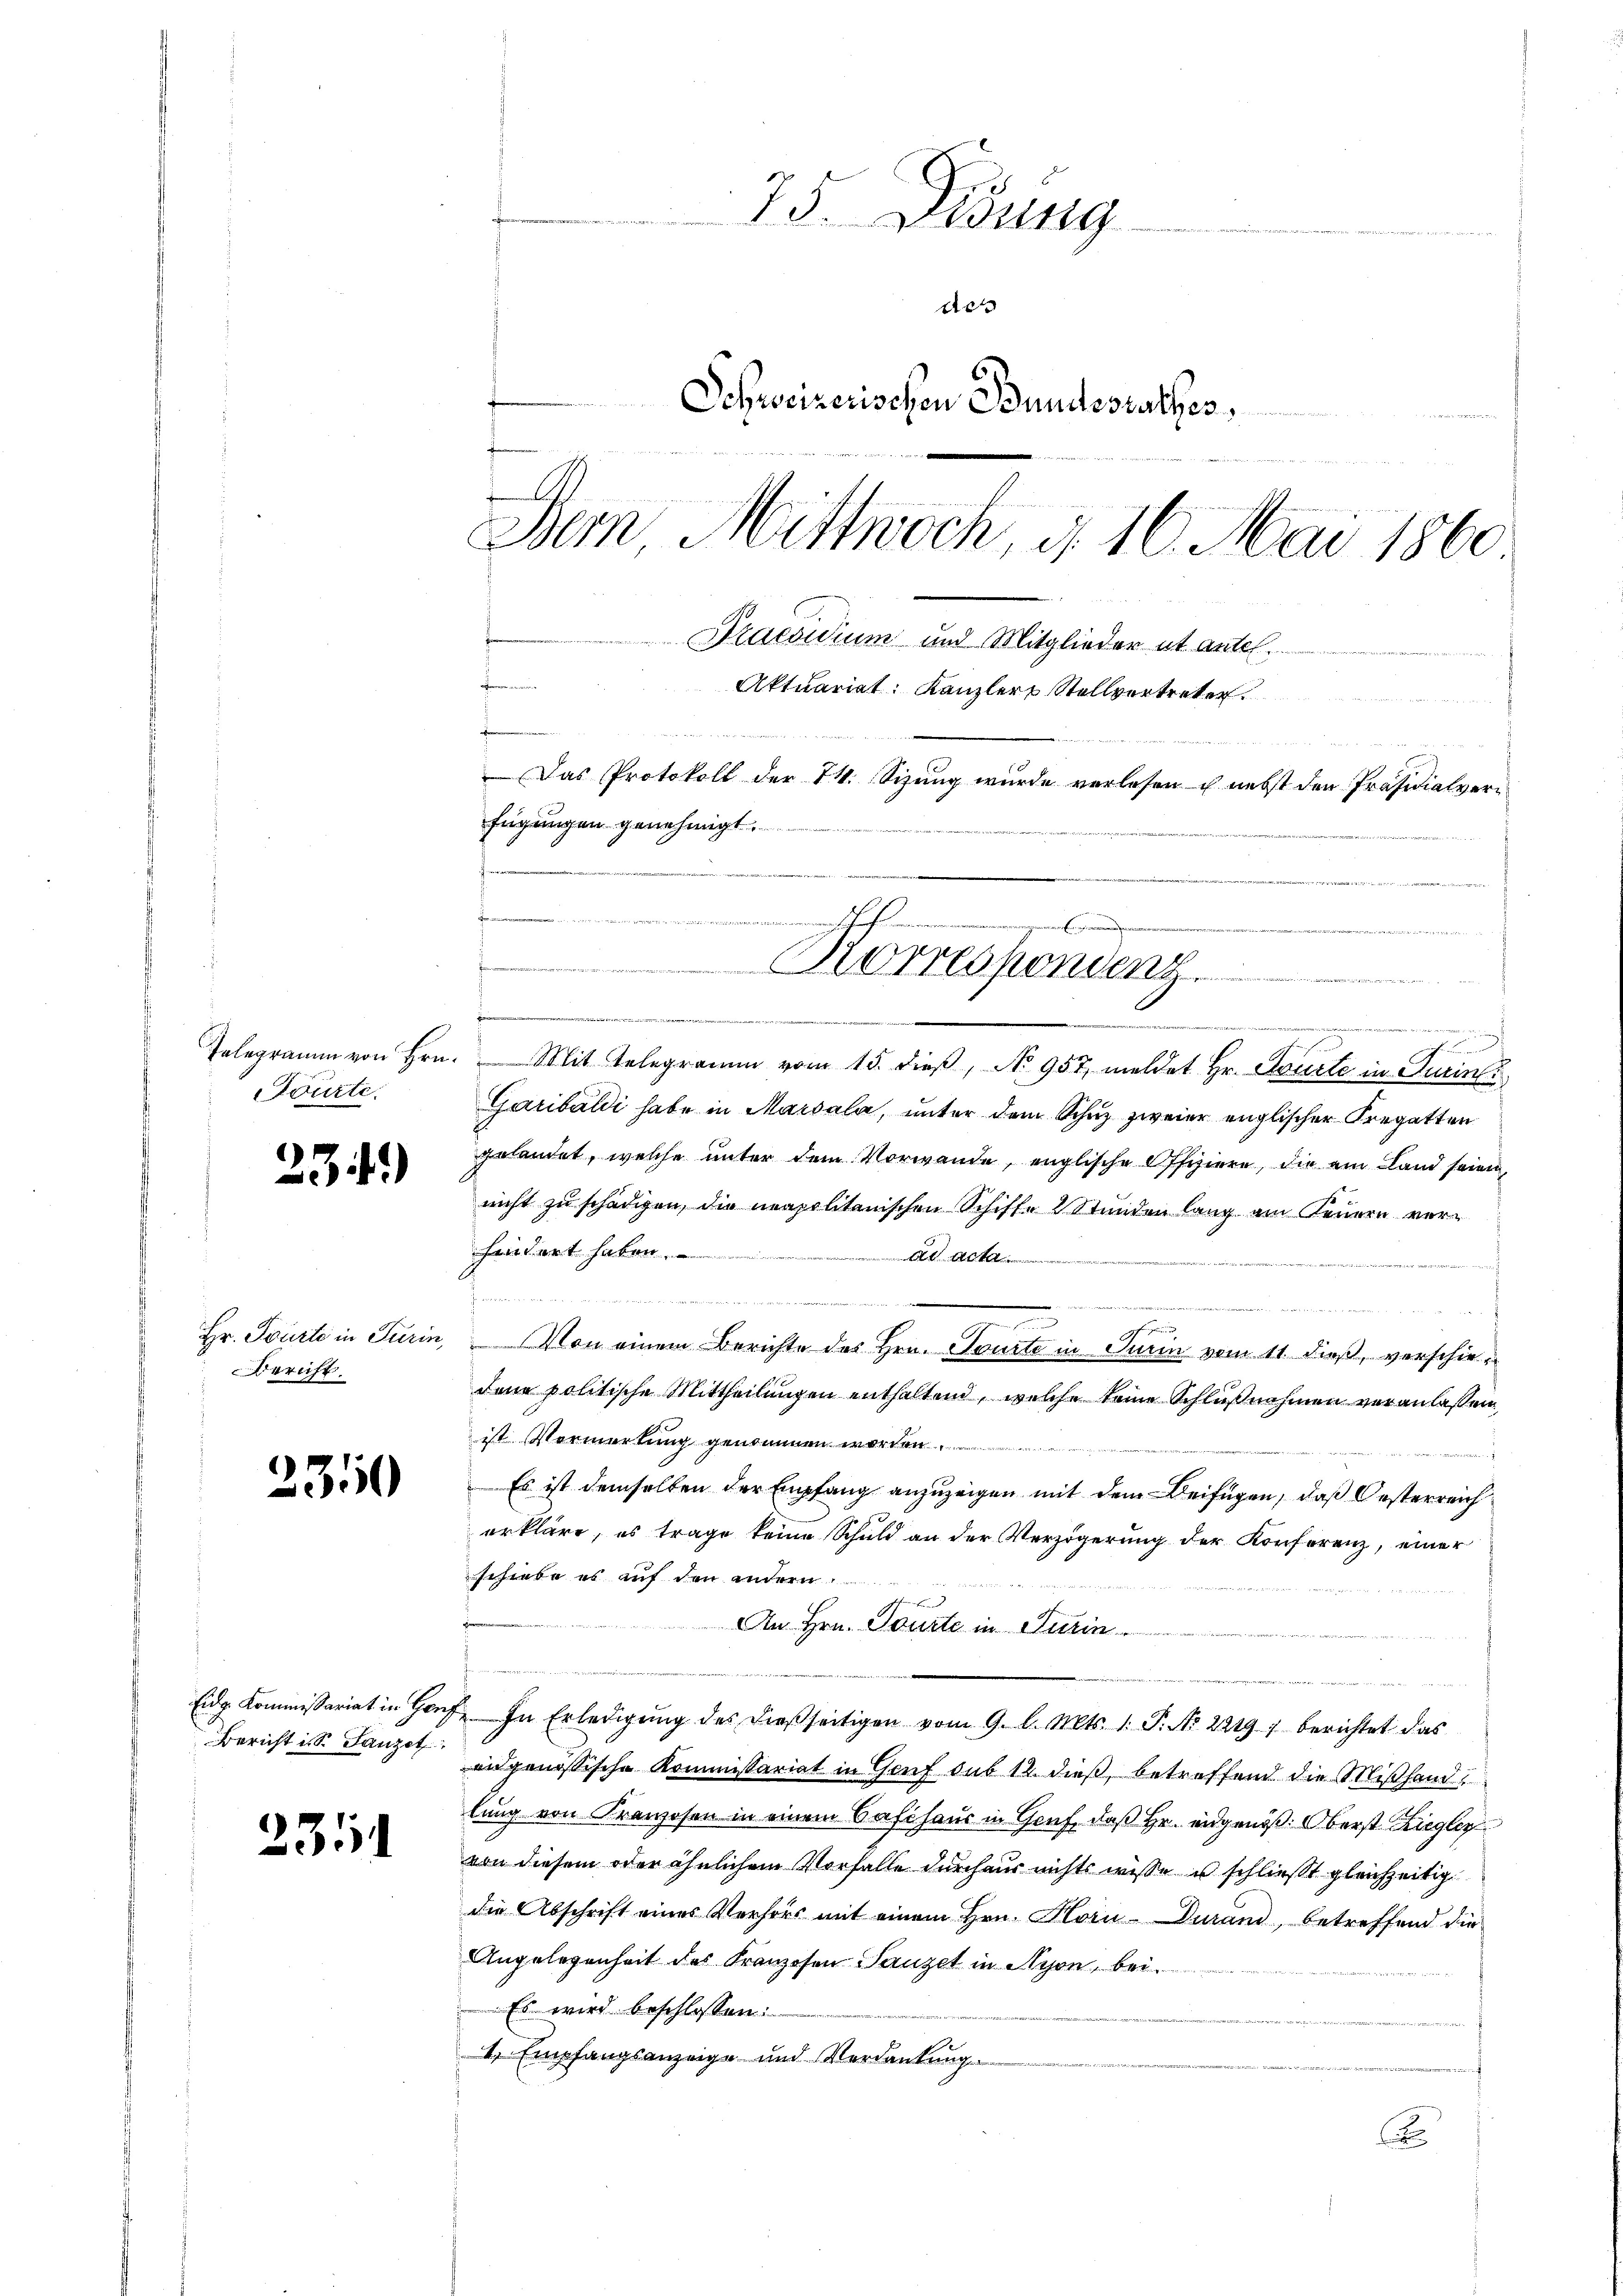
Fourte.

231)

Bericht.

2350

Bericht i. S. Ganzen

231

75. Disung
de
6.
Schweizerischen Bundesrathes,
Dem Mittwoch, d. 16. Mai 1860
Praesidium und Mitglieder ut antel.
eformenunter
Aktuariat: Kanzler Stellvertreter
be
in einer seinen wir ein

Das Protokoll der 74. Sizung wurde verlesen u. nebst den Präsidialverfügungen genehmigt
d
. . . . . . . . .
mnmenschafe nun

t
 ........

Telegramm von Hrn. Mit Telegramm vom 15. dieβ, No 957 meldet Hr. Courte in Turini
Garibaldi habe in Marsala, unter dem Schuz zweier englischer Fregatten
gelandet, welche unter dem Vorwande, englische Offiziere, die am Land seien,
nicht zu schädigen, die neapolitanischen Schiffe 2 Stunden lang am Feuern verhindert haben.
.
21 Mai 1814.
u
1
e
h
Hr. Tourte in Turin, Von einem Berichte des Hrn. Toute in Turin vom 11. dieß, verschie¬
Jene politische Mittheilungen enthaltend, welche keine Schlußnahmen veranlassen,
ist Vermerkung genommen worden
Es ist demselben der Empfang anzuzeigen mit dem Beifügen, daß Oesterreich
erkläre, es trage keine Schuld an der Verzögerung der Konferenz, einer
schiebe es auf den andern.
An Hrn. Tourte in Turin
e
Eidg. Kommissariat in Hof. In Erledigŭng des dießseitigen vom 9. l. Mts. 1. P. Nr. 22197 berichtet das
eidgenössische Kommissariat in Genf sub 12 dieß, betreffend die Mißhandlung von Kranzosen in einem Baschaus in Gruf, daß Hr. eidgenöß. Oberst Ziegler
von diesem oder ähnlichem Vorfalle durchaus nichts wisse u schließt gleichzeitig
die Abschrift eines Verfors mit einem Hrn. Horn-Durand, betreffend die
Angelegenheit des Franzosen Tanzet in Nyon, bei.
Es wird beschlossen:
4. Empfangsanzeige und Verdankung.
B

e
Korresponden
g